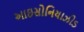
આઇસોનિયાઝીડ